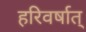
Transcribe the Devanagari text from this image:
हरिवर्षात्